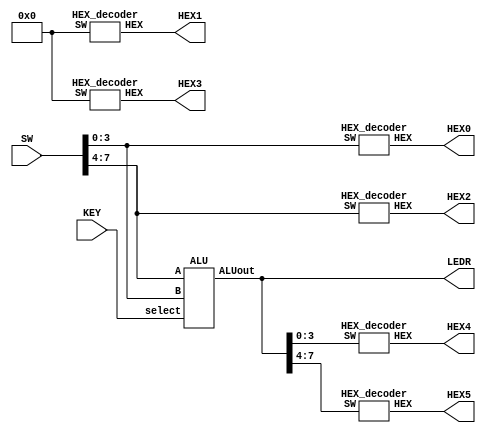
module ALU_demo(LEDR, SW, KEY, HEX0, HEX1, HEX2, HEX3, HEX4, HEX5);
    input [7:0] SW;
    input [2:0] KEY;
    output [7:0] LEDR;
    output [6:0] HEX0, HEX1, HEX2, HEX3, HEX4, HEX5;
    wire [7:0] ALUout;

    assign LEDR = ALUout;

    ALU m0(
        .ALUout(ALUout),
        .A(SW[7:4]),
        .B(SW[3:0]),
        .select(KEY)
    );

    HEX_decoder H0(
        .SW(SW[3:0]),
        .HEX(HEX0)
    );

    HEX_decoder H1(
        .SW(4'b0000),
        .HEX(HEX1)
    );

    HEX_decoder H2(
        .SW(SW[7:4]),
        .HEX(HEX2)
    );

    HEX_decoder H3(
        .SW(4'b0000),
        .HEX(HEX3)
    );

    HEX_decoder H4(
        .SW(ALUout[3:0]),
        .HEX(HEX4)
    );

    HEX_decoder H5(
        .SW(ALUout[7:4]),
        .HEX(HEX5)
    );

endmodule

module ALU(ALUout, A, B, select);
    output reg [7:0] ALUout;
    input [3:0] A, B;
    input [2:0] select;
    wire [3:0] f1_out, f2_out;
    wire f1_carry, f2_carry;

    always @(*) begin
        case (select[2:0])
            3'b000: ALUout = {f1_carry, f1_out};
            3'b001: ALUout = {f2_carry, f2_out};
            3'b010: ALUout = A + B;
            3'b011: ALUout = {A|B, A^B};
            3'b100: ALUout = {|({A,B})};
            3'b101: ALUout = {A, B};
            default ALUout = 8'b00000000;
        endcase
    end

    fbrca a1(
        .S(f1_out),
        .cout(f1_carry),
        .A(A),
        .B(4'b0001),
        .cin(1'b0)
    );

    fbrca a2(
        .S(f2_out),
        .cout(f2_carry),
        .A(A),
        .B(B),
        .cin(1'b0)
    );

endmodule

module HEX_decoder(SW, HEX);
    input [3:0] SW;
    output [6:0] HEX;

    assign HEX[0] = (~SW[3]&~SW[2]&~SW[1]&SW[0]) | (~SW[3]&SW[2]&~SW[1]&~SW[0]) | (SW[3]&SW[2]&~SW[1]&SW[0]) | (SW[3]&~SW[2]&SW[1]&SW[0]);
    assign HEX[1] = (~SW[3]&SW[2]&~SW[1]&SW[0]) | (SW[2]&SW[1]&~SW[0]) | (SW[3]&SW[2]&~SW[0]) | (SW[3]&SW[1]&SW[0]);
    assign HEX[2] = (~SW[3]&~SW[2]&SW[1]&~SW[0]) | (SW[3]&SW[2]&~SW[0]) | (SW[3]&SW[2]&SW[1]);
    assign HEX[3] = (~SW[3]&SW[2]&~SW[1]&~SW[0]) | (SW[3]&~SW[2]&SW[1]&~SW[0]) | (~SW[2]&~SW[1]&SW[0]) | (SW[2]&SW[1]&SW[0]);
    assign HEX[4] = (~SW[3]&SW[2]&~SW[1]) | (~SW[2]&~SW[1]&SW[0]) | (~SW[3]&SW[0]);
    assign HEX[5] = (SW[3]&SW[2]&~SW[1]&SW[0]) | (~SW[3]&~SW[2]&SW[0]) | (~SW[3]&~SW[2]&SW[1]) | (~SW[3]&SW[1]&SW[0]);
    assign HEX[6] = (~SW[3]&~SW[2]&~SW[1]) | (~SW[3]&SW[2]&SW[1]&SW[0]) | (SW[3]&SW[2]&~SW[1]&~SW[0]);

endmodule

module fbrca(S, cout, A, B, cin);
    output [3:0] S;
    output cout;
    input [3:0] A;
    input [3:0] B;
    input cin;
    wire c1, c2, c3;

    full_adder u0(
        .sum(S[0]),
        .cout(c1),
        .a(A[0]),
        .b(B[0]),
        .cin(cin)
    );

    full_adder u1(
        .sum(S[1]),
        .cout(c2),
        .a(A[1]),
        .b(B[1]),
        .cin(c1)
    );

    full_adder u2(
        .sum(S[2]),
        .cout(c3),
        .a(A[2]),
        .b(B[2]),
        .cin(c2)
    );

    full_adder u3(
        .sum(S[3]),
        .cout(cout),
        .a(A[3]),
        .b(B[3]),
        .cin(c3)
    );

endmodule

module full_adder(sum, cout, a, b, cin);
    output sum, cout;
    input a, b, cin;

    assign sum = a^b^cin;
    assign cout = (a&b)|(cin&(a^b));
endmodule